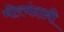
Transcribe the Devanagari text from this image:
मीरचंदानी